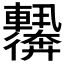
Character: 𬨀